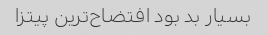
بسیار بد بود افتضاح‌ترین پیتزا